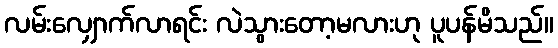
လမ်းလျှောက်လာရင်း လဲသွားတော့မလားဟု ပူပန်မိသည်။